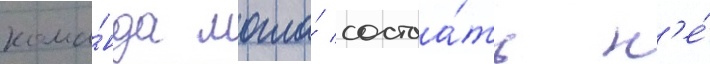
кома́нда могла́ состоа́ть н'е́